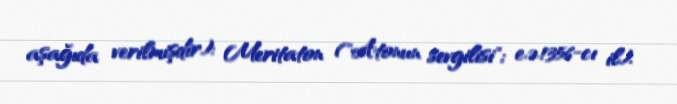
aşağıda verilmişdir): Meritaton ("Atonun sevgilisi"; e.ə.1356-cı il).